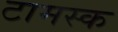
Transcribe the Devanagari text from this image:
टामस्क